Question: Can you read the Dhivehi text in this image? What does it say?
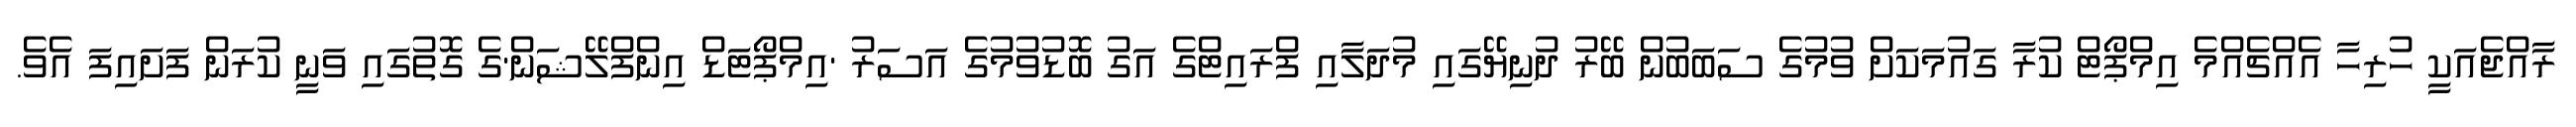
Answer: ރާއްޖެއަކީ ހުރިހާ އެއްޗެއްމެ އިމްޕޯޓް ކުރާ ގައުމަކަށް ވުމުގެ ސަބަބުން ބޭރު ދުނިޔޭގައި މުދަލާއި ފްރައިޓްގެ އަގު ބޮޑުވުމުގެ އަސަރު 'އިމްޕޯޓަޑް އިންފްލޭޝަން'ގެ ގޮތުގައި ވަނީ ކުރަން ފަށައިފަ އެވެ.